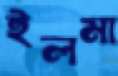
ইলমা